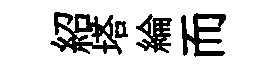
紹塔綸而